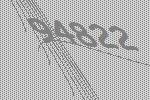
94822